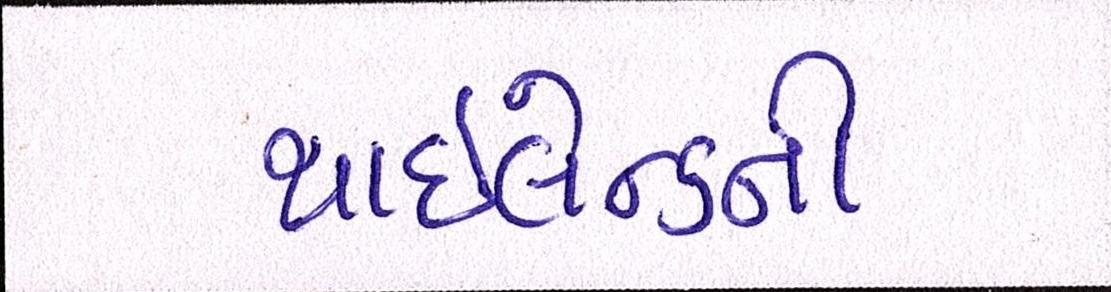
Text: થાઇલેન્ડની